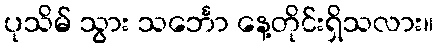
ပုသိမ် သွား သင်္ဘော နေ့တိုင်းရှိသလား။